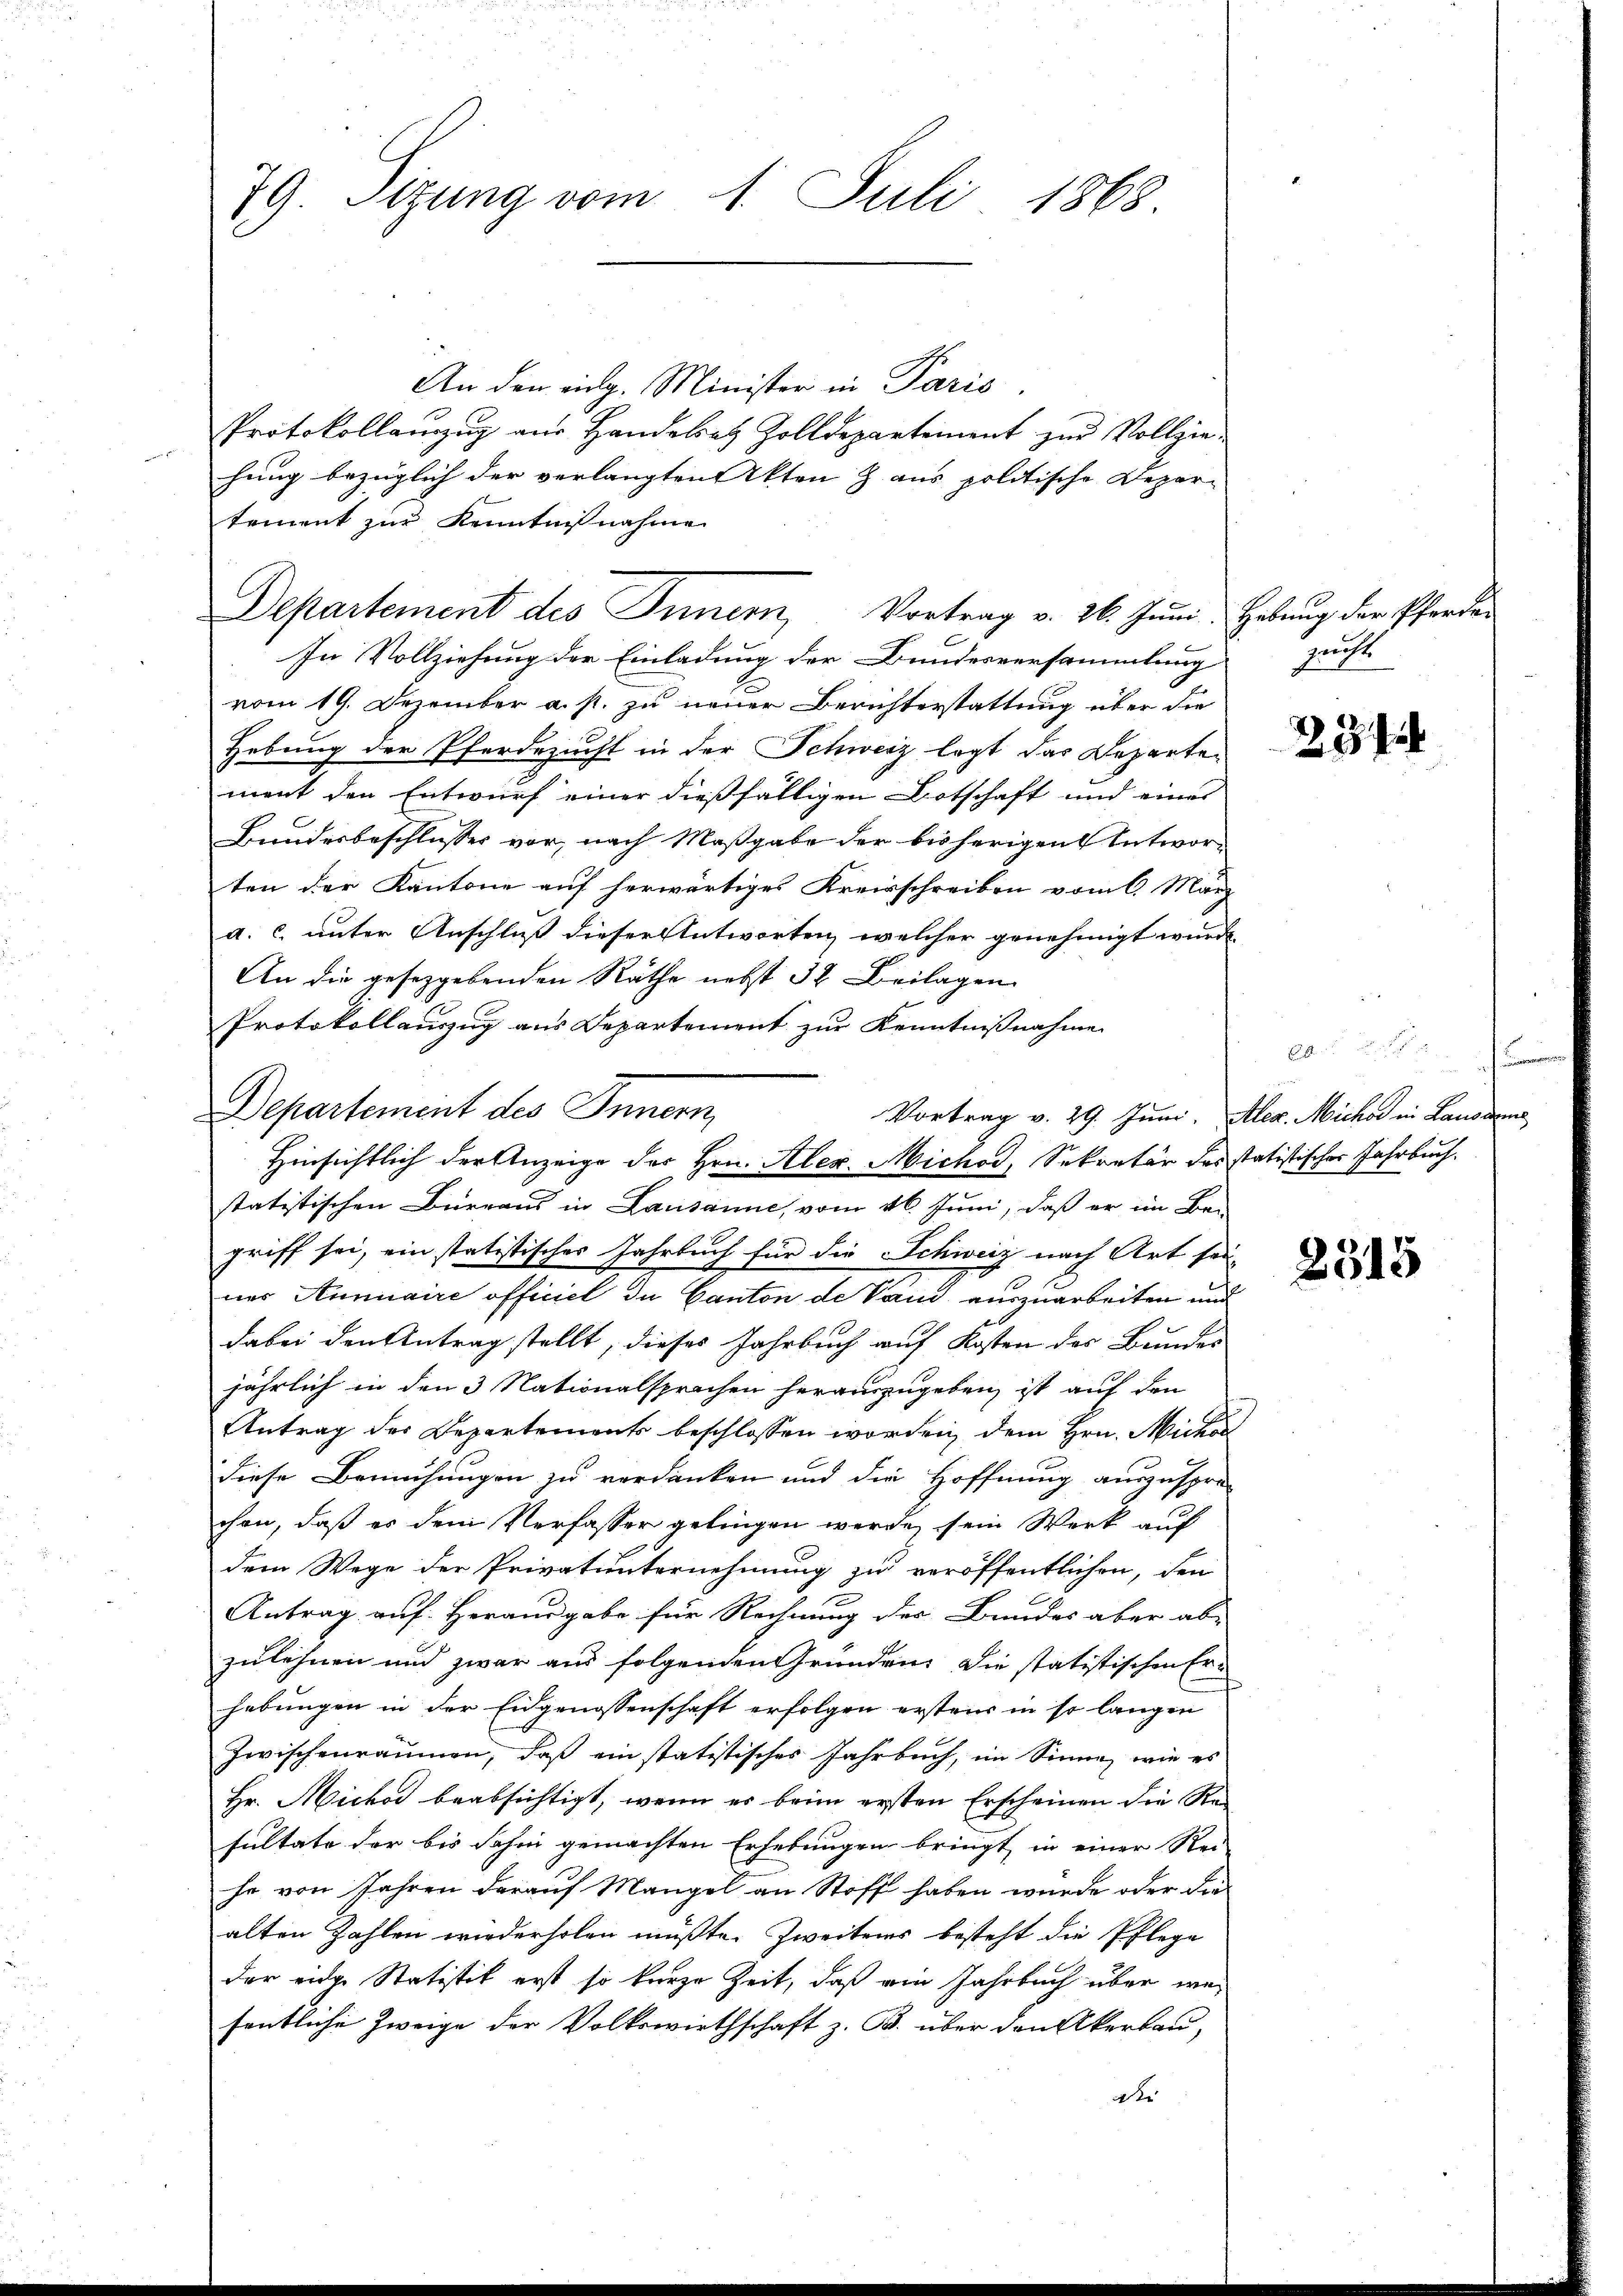
79. Sizung vom 1. Juli 1868.

An den eing. Minister in Paris
Protokollanzzug aus Handelsatz Zolldepartement zur Vollziehung bezüglich der verlangten Akten Z. aus politische Deparsement zur Kenntnißnahme
In Vollziehung der Einladung der Bundesversammlung
vom 19. Dezember a. p. zu neuer Berichterstattung über die
Hebung der Pferdezucht in der Schweiz legt das Departen
ment den Entwurf einer dießfälligen Botschaft und eines
Bundesbeschlusses vor, nach Maßgabe der bisherigen Entworten der Kantone auf herwärtiges Kreisschreiben vom 6. März
a. c. unter Anschluß dieser Antworten, welcher genehmigt wurde.
An die gesetzgebenden Räthe nebst 32 Beilagen
Protokollanzug aus Departement zur Kenntnißnahme
Departement des Innern,
statitischen Birraus in Lausanne, vom 26. Juni, daß er im Be-
griff sei, ein statistischer Jahrbuch für die Schweiz nach Art sei
nes Annuaire officiel in Canton de Vand auszuarbeiten und
dabei den Antrag stellt, dieses Jahrbuch auf Kosten des Bundes
jährlich in den 3 Nationalsprochen herauszugeben, ist auf den
Antrag des Departements beschlossen worden, dem Hrn. Mich
diese Bemühungen zu verdanken und die Hoffnung auszuspre-
chen, daß es dem Verfasser gelingen werde, sein Werk auf
dem Wege der Privatunternehmung zu veröffentlichen, den
Antrag auf Herausgabe für Rechnung der Bundes aber ab-
zulehnen und zwar aus folgenden Gründen. Die statistischen Erhebungen in der Eidgenossenschaft erfolgen erstens in so langen
zwischenräumen, daß ein statistisches Jahrbuch, im Sinne, wie es
Hr. Micher beabsichtigt, wenn es beim ersten Erscheinen die Resultate der bis dahin gemachten Erhebungen bringt in einer Rei-
he von Jahren darauf Mangel an Stoff haben würde oder die
alten Zahlen wiederholen müßte. Zweiters besteht die Pflege
der eidge Statistik erst so kurze Zeit, daß ein Jahrbuch über wesentliche Zweige der Volkswirthschaft z. B. über den Akerbau,
gke

Departement des Innern, Vortrag v. 26. Juni. Hebung der Pferden

Vortrag v. 29. Juni, Alex. Michar in Lausann
Hinsichtlich der Anzeige des Hrn. Alex. Michor, Sekretär des statistischer Jahrbuch.

Zucht

23 f

s

2315